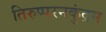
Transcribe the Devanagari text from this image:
तिरुप्परनकुंद्रम